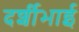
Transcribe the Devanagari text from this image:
दर्शीभाई